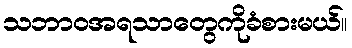
သဘာဝအရသာတွေကိုခံစားမယ်။